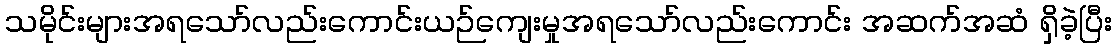
သမိုင်းများအရသော်လည်းကောင်းယဉ်ကျေးမှုအရသော်လည်းကောင်း အဆက်အဆံ ရှိခဲ့ပြီး